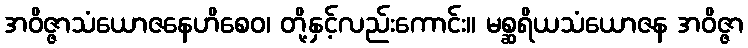
အဝိဇ္ဇာသံယောဇနေဟိစေဝ၊ တို့နှင့်လည်းကောင်း။ မစ္ဆရိယသံယောဇန အဝိဇ္ဇာ